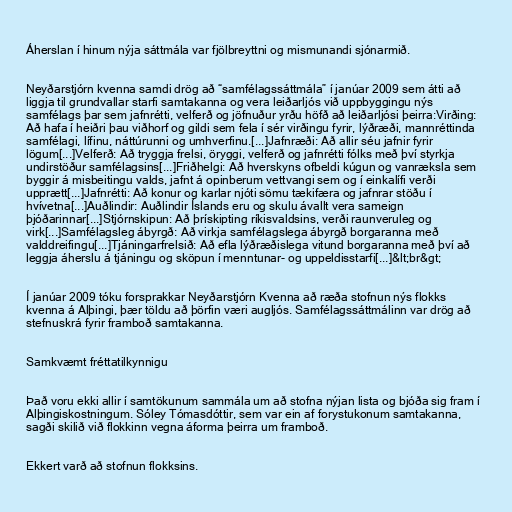
Áherslan í hinum nýja sáttmála var fjölbreyttni og mismunandi sjónarmið.

Neyðarstjórn kvenna samdi drög að “samfélagssáttmála” í janúar 2009 sem átti að
liggja til grundvallar starfi samtakanna og vera leiðarljós við uppbyggingu nýs
samfélags þar sem jafnrétti, velferð og jöfnuður yrðu höfð að leiðarljósi þeirra:Virðing:
Að hafa í heiðri þau viðhorf og gildi sem fela í sér virðingu fyrir, lýðræði, mannréttinda
samfélagi, lífinu, náttúrunni og umhverfinu.[...]Jafnræði: Að allir séu jafnir fyrir
lögum[...]Velferð: Að tryggja frelsi, öryggi, velferð og jafnrétti fólks með því styrkja
undirstöður samfélagsins[...]Friðhelgi: Að hverskyns ofbeldi kúgun og vanræksla sem
byggir á misbeitingu valds, jafnt á opinberum vettvangi sem og í einkalífi verði
upprætt[...]Jafnrétti: Að konur og karlar njóti sömu tækifæra og jafnrar stöðu í
hvívetna[...]Auðlindir: Auðlindir Íslands eru og skulu ávallt vera sameign
þjóðarinnar[...]Stjórnskipun: Að þrískipting ríkisvaldsins, verði raunveruleg og
virk[...]Samfélagsleg ábyrgð: Að virkja samfélagslega ábyrgð borgaranna með
valddreifingu[...]Tjáningarfrelsið: Að efla lýðræðislega vitund borgaranna með því að
leggja áherslu á tjáningu og sköpun í menntunar- og uppeldisstarfi[...]&lt;br&gt;

Í janúar 2009 tóku forsprakkar Neyðarstjórn Kvenna að ræða stofnun nýs flokks
kvenna á Alþingi, þær töldu að þörfin væri augljós. Samfélagssáttmálinn var drög að
stefnuskrá fyrir framboð samtakanna.

Samkvæmt fréttatilkynnigu

Það voru ekki allir í samtökunum sammála um að stofna nýjan lista og bjóða sig fram í
Alþingiskostningum. Sóley Tómasdóttir, sem var ein af forystukonum samtakanna,
sagði skilið við flokkinn vegna áforma þeirra um framboð.

Ekkert varð að stofnun flokksins.